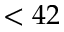
< 4 2